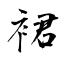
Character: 裙